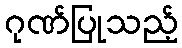
ဂုဏ်ပြုသည့်